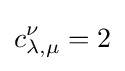
c_{\lambda ,\mu }^{\nu }=2